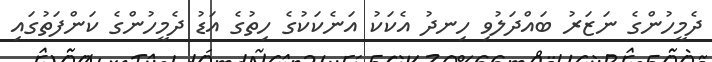
ދެމީހުންގެ ނަޒަރު ބައްދަލުވި ހިނދު އެކަކު އަނެކަކުގެ ހިތުގެ އަޑު ދެމީހުންގެ ކަންފަތުގައި